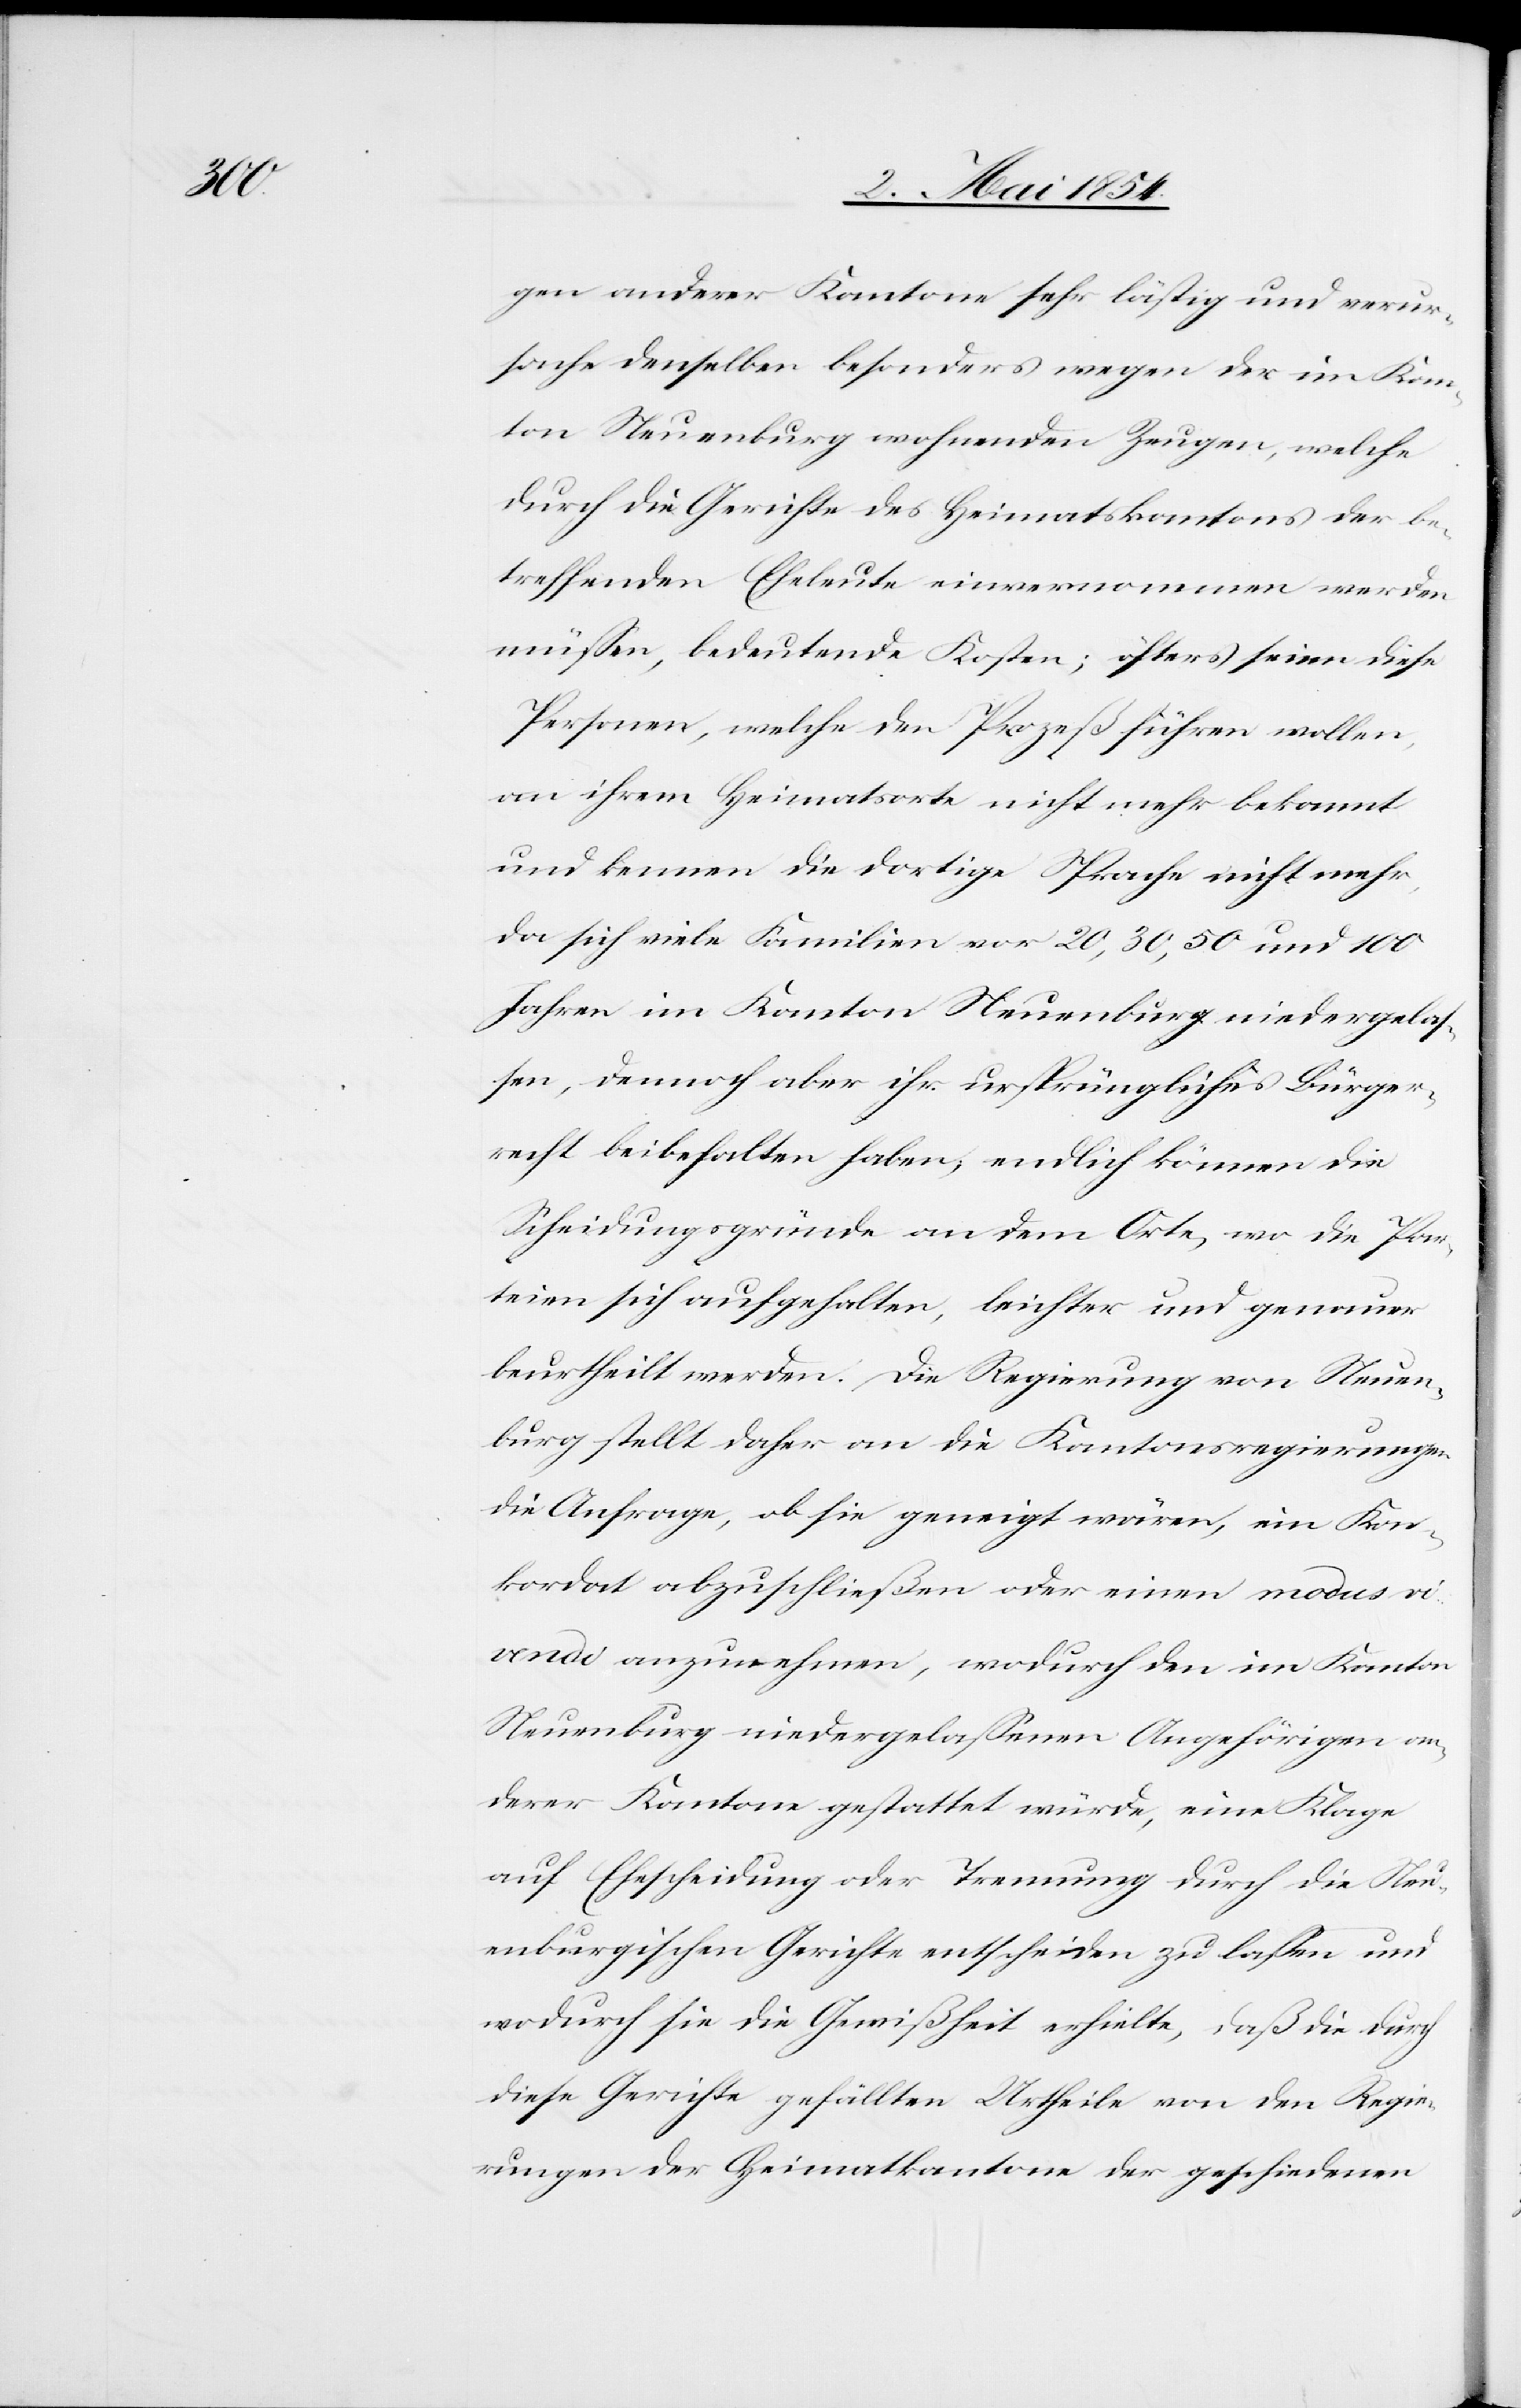
gen anderer Kantone sehr lästig und verur¬
sache denselben besonders wegen der im Kan¬
ton Neuenburg wohnenden Zeugen, welche
durch die Gerichte des Heimatskantons der be¬
treffenden Eheleute einvernommen werden
müßen, bedeutende Kosten; öfters seien diese
Personen, welche den Prozeß führen wollen,
an ihrem Heimatsorte nicht mehr bekannt
und kennen die dortige Sprache nicht mehr,
da sich viele Familien vor 20, 30, 50 und 100
Jahren im Kanton Neuenburg niedergelaß¬
en, dennoch aber ihr ursprüngliches Bürger¬
recht beibehalten haben; endlich können die
Scheidungsgründe an dem Orte, wo die Par¬
teien sich aufgehalten, leichter und genauer
beurtheilt werden. Die Regierung von Neuen¬
burg stellt daher an die Kantonsregierungen
die Anfrage, ob sie geneigt wären, ein Kon¬
kordat abzuschließen oder einen modus vi¬
vendi anzunehmen, wodurch den im Kanton
Neuenburg niedergelaßenen Angehörigen an¬
derer Kantone gestattet würde, eine Klage
auf Ehescheidung oder Trennung durch die Neu¬
enburgischen Gerichte entscheiden zu laßen und
wodurch sie die Gewißheit erhielte, daß die durch
diese Gerichte gefällten Urtheile von den Regie¬
rungen der Heimatkantone der geschiedenen